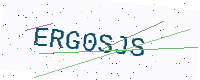
Text: ERG0SJS